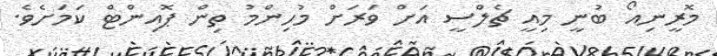
މޮރީނިއޯ ބުނީ މިއީ ޗެލްސީ އަށް ވަރަށް މުހިންމު ތިން ޕޮއިންޓް ކަމަށެވެ.